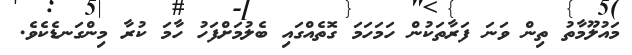
މައުލޫމާތު ތިން ވަނަ ފަރާތަކުން ހަމަހަމަ ގޮތެއްގައި ބެލުމަށްފަހު ހާމަ ކުރާ މިންގަނޑެކެވެ.